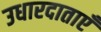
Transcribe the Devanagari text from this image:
उधारदाताएँ